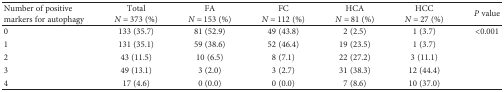
<table><thead><tr><td><b>Number of positive markers for autophagy</b></td><td><b>Total<i>N</i> = 373 (%)</b></td><td><b>FA<i>N</i> = 153 (%)</b></td><td><b>FC<i>N</i> = 112 (%)</b></td><td><b>HCA<i>N</i> = 81 (%)</b></td><td><b>HCC<i>N</i> = 27 (%)</b></td><td><b><i>P</i> value</b></td></tr></thead><tbody><tr><td>0</td><td>133 (35.7)</td><td>81 (52.9)</td><td>49 (43.8)</td><td>2 (2.5)</td><td>1 (3.7)</td><td>&lt;0.001</td></tr><tr><td>1</td><td>131 (35.1)</td><td>59 (38.6)</td><td>52 (46.4)</td><td>19 (23.5)</td><td>1 (3.7)</td><td></td></tr><tr><td>2</td><td>43 (11.5)</td><td>10 (6.5)</td><td>8 (7.1)</td><td>22 (27.2)</td><td>3 (11.1)</td><td></td></tr><tr><td>3</td><td>49 (13.1)</td><td>3 (2.0)</td><td>3 (2.7)</td><td>31 (38.3)</td><td>12 (44.4)</td><td></td></tr><tr><td>4</td><td>17 (4.6)</td><td>0 (0.0)</td><td>0 (0.0)</td><td>7 (8.6)</td><td>10 (37.0)</td><td></td></tr></tbody></table>